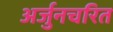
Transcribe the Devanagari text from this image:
अर्जुनचरित